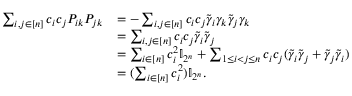
\begin{array} { r l } { \sum _ { i , j \in [ n ] } c _ { i } c _ { j } P _ { i k } P _ { j k } } & { = - \sum _ { i , j \in [ n ] } c _ { i } c _ { j } \widetilde { \gamma } _ { i } \gamma _ { k } \widetilde { \gamma } _ { j } \gamma _ { k } } \\ & { = \sum _ { i , j \in [ n ] } c _ { i } c _ { j } \widetilde { \gamma } _ { i } \widetilde { \gamma } _ { j } } \\ & { = \sum _ { i \in [ n ] } c _ { i } ^ { 2 } \mathbb { I } _ { 2 ^ { n } } + \sum _ { 1 \leq i < j \leq n } c _ { i } c _ { j } ( \widetilde { \gamma } _ { i } \widetilde { \gamma } _ { j } + \widetilde { \gamma } _ { j } \widetilde { \gamma } _ { i } ) } \\ & { = \l ( \sum _ { i \in [ n ] } c _ { i } ^ { 2 } \r ) \mathbb { I } _ { 2 ^ { n } } . } \end{array}